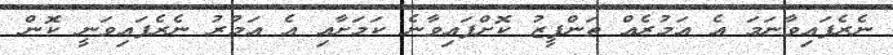
ނެރެފައިވާނަމަ އެ އަމުރެއް ތަންފީޒު ކޮށްފައިވާނެ ކަމަށާއި އެ އަމުރު ނެރެފައިވަނީ ކޮން